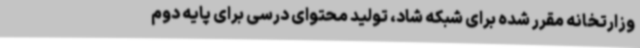
وزارتخانه مقرر شده برای شبکه شاد، تولید محتوای درسی برای پایه دوم